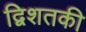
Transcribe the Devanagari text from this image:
द्विशतकी